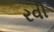
રવી